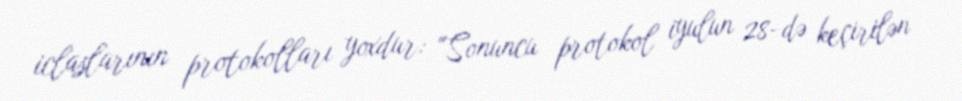
iclaslarının protokolları yoxdur: “Sonuncu protokol iyulun 28-də keçirilən